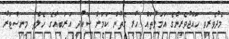
މެދުވެރިވީ ހައްޖުވެރިންގެ އަމަލުތައް ހުރި ގޮތުން ކަމަށް ސައުދީ އަރަބިއާގެ ހެލްތު މިނިސްޓަރު